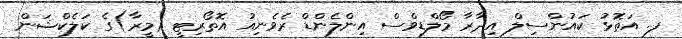
ފ. އަތޮޅު ކައުންސިލް އިދާރާ މޯލްޑިވްސް އިންލެންޑް ރެވެނިއު އޮތޯރިޓީ (މީރާ)ގެ ކަލެކްޝަން